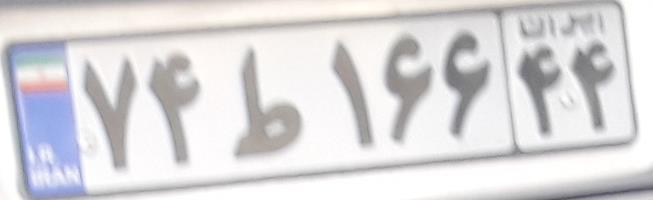
۷۴ط۱۶۶۴۴